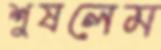
শুষলেম